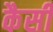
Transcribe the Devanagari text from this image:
कैसीं